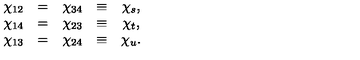
\begin{array} { r c l r c l } { \chi _ { 1 2 } } & { = } & { \chi _ { 3 4 } } & { \equiv } & { \chi _ { s } , } \\ { \chi _ { 1 4 } } & { = } & { \chi _ { 2 3 } } & { \equiv } & { \chi _ { t } , } \\ { \chi _ { 1 3 } } & { = } & { \chi _ { 2 4 } } & { \equiv } & { \chi _ { u } . } \\ \end{array}